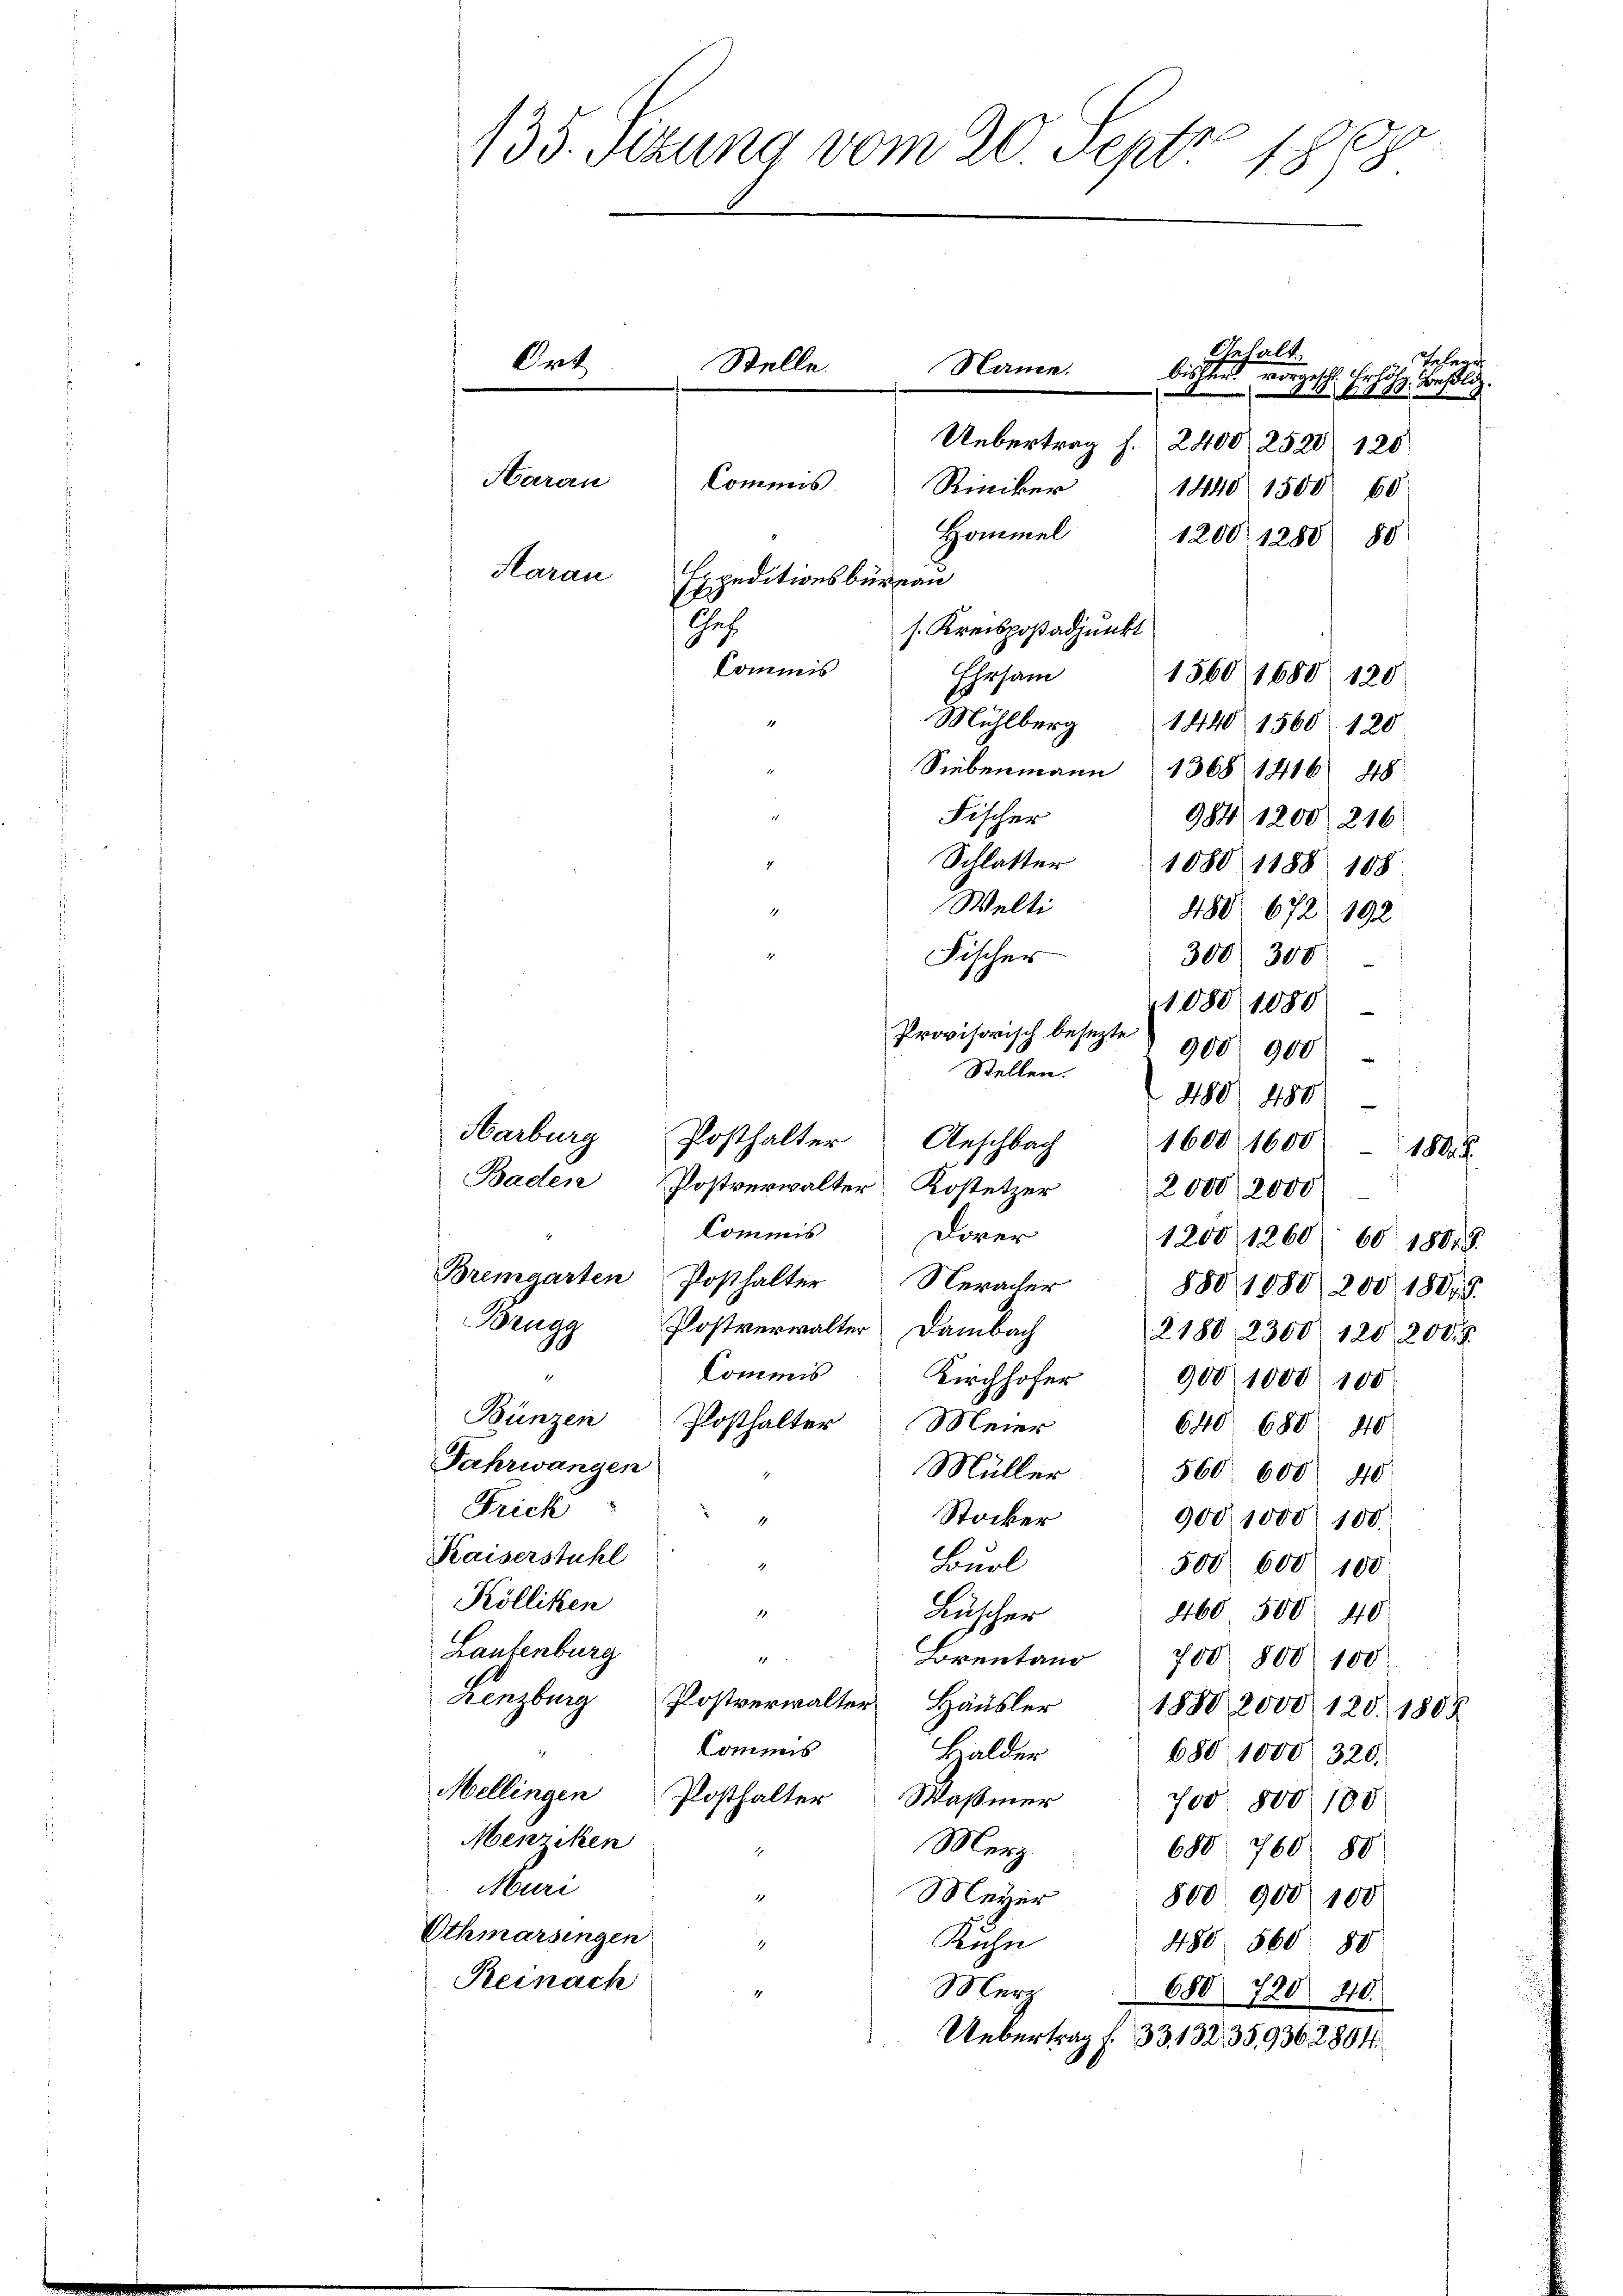
135. Sizung vom 20. Sept. 1878.

Gehalt
Name.
lert
lrichten angesch
24 f. Besold.
Uebertrag f. 2400 2520 120
Haran
Commis
Riniker
1440. 1500 00
Hommel
1200 1280 80
s
Haran
Expeditionsbüreau
Chef
s. Kreisposadjunkt
Commis
Ehrsam 1560 1680 120
Mühlberg
1440 1560. 120
Siebenmann 1368 1416 48
1
Fischer
984/1200 216
Schlatter 1080 1188. 108
2
Welti
2
480 672. 192
d
Fischer
300. 300
1080 1080.
900 900
480 480
Harburg Posthalter Anschbach
1600 1600 1800 F
Baden Postverwalter Kostetzer 2000 2000
Commis
Dorer
1200 1260. 60. 1808.
Bremgarten Posthalter Neracher
880, 1088/200 1807.
Brugg Postverwalter Dambach
2180 2300 120, 200 f
Commis
Kirchhofer
9001000. 100
Bünzen
Posthalter Meier
640 680. 40
Fahrwangen
Müller
560 600 40
Frick
Stocker
4
900,000 100
Kaiserstuhl
Burl
500 000 100
Kölliken
460. 500
.
Lüscher
40
Laulenburg
e
Brentano 700 800 100
Lenzburg Postverwalter Häusler
1880, 2000. 120. 1808
Commis
Balder
680. 1000 320.
Mellingen Posthalter Waßer
vod 800. 188
Mewicken
Merz
680. 760 80
.
chani
1
Meyer
8500. 900 100
Othmarsingen
Kuhn
1
480 560. 80
Reinach
Merz
680 720 40.
4
Uebertrag f. 33. 132, 35,9302804.

Ort
Stelle.

Provisorisch besezte
Stellen.

Belege